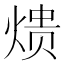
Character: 𮳱